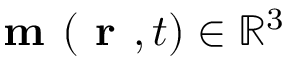
\textbf { m } ( \textbf { r } , t ) \in \mathbb { R } ^ { 3 }